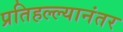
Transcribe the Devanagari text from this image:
प्रतिहल्ल्यानंतर